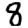
Digit: 8